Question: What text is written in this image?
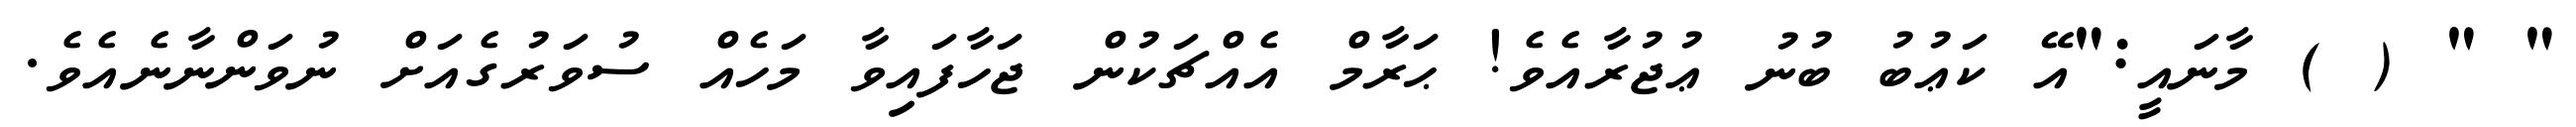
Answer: " " ( ) މާނައީ:"އޭ ކަޢުބު ބުނު ޢުޖުރާއެވެ! ޙަރާމް އެއްޗަކުން ޖަހާފައިވާ މަހެއް ސުވަރުގެއަށް ނުވަންނާނެއެވެ.